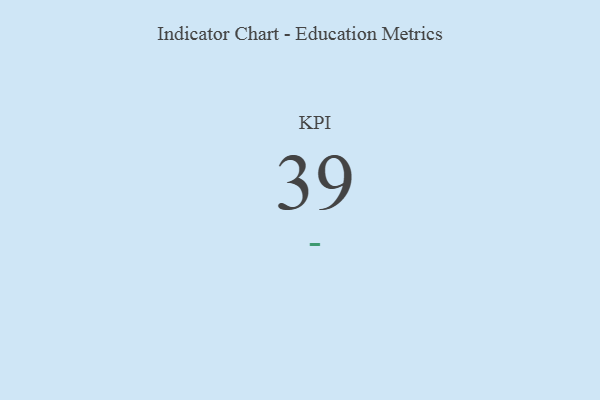
{"axis": {"x": "KPI", "y": "Value"}, "legend": [""], "data": [{"x": "KPI", "y": 39, "type": ""}]}